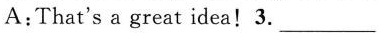
A:That's a great idea! 3. ___